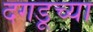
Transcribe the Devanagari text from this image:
दगडूच्या